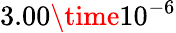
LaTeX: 3.00\time 10^{-6}